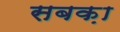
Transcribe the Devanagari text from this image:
सबक़ा